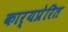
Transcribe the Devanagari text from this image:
कार्यप्रेरित